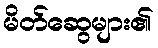
မိတ်ဆွေများ၏